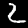
Label: 2